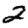
Digit: 2